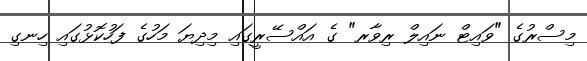
މިސްރުގެ "ވައިޓް ނައިލް ރިވާރ" ގެ އައްސޭރީގައި މިދިޔަ މަހުގެ ފަހުކޮޅުގައި ހިނގި